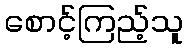
စောင့်ကြည့်သူ